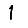
Digit: 1